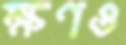
ক্ষণও